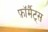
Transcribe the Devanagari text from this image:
फ़ॉर्मैट्स